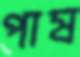
পাষ